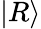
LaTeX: |R\rangle